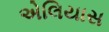
એલિયાસ